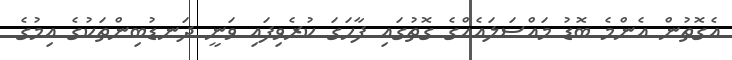
އެގޮތުން އެންމެ ބޮޑު މައްސަލައެއްގެ ގޮތުގައި ފާހަގަ ކުރެވިފައި ވަނީ ދަނޑުބިންތަކުގެ އިމުގެ